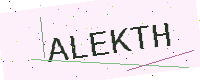
Text: ALEKTH